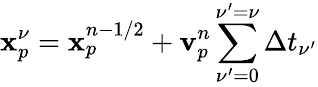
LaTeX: \mathbf{x}_{p}^{\nu}=\mathbf{x}_{p}^{n-1/2}+\mathbf{v}_{p}^{n}\sum_{\nu^{\prime}=0}^{\nu^{\prime}=\nu}\Delta t_{\nu^{\prime}}